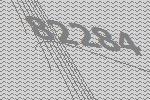
82284